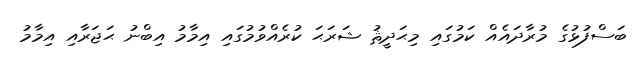
ބަސްފުޅުގެ މުރާދައެއް ކަމުގައި މިޙަދީޘު ޝަރަޙަ ކުރެއްވުމުގައި އިމާމު އިބްނު ޙަޖަރާއި އިމާމު